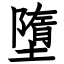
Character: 墮